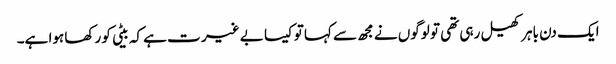
ایک دن باہر کھیل رہی تھی تو لوگوں نے مجھ سے کہا توکیسا بے غیر ت ہے کہ بیٹی کو رکھا ہوا ہے۔